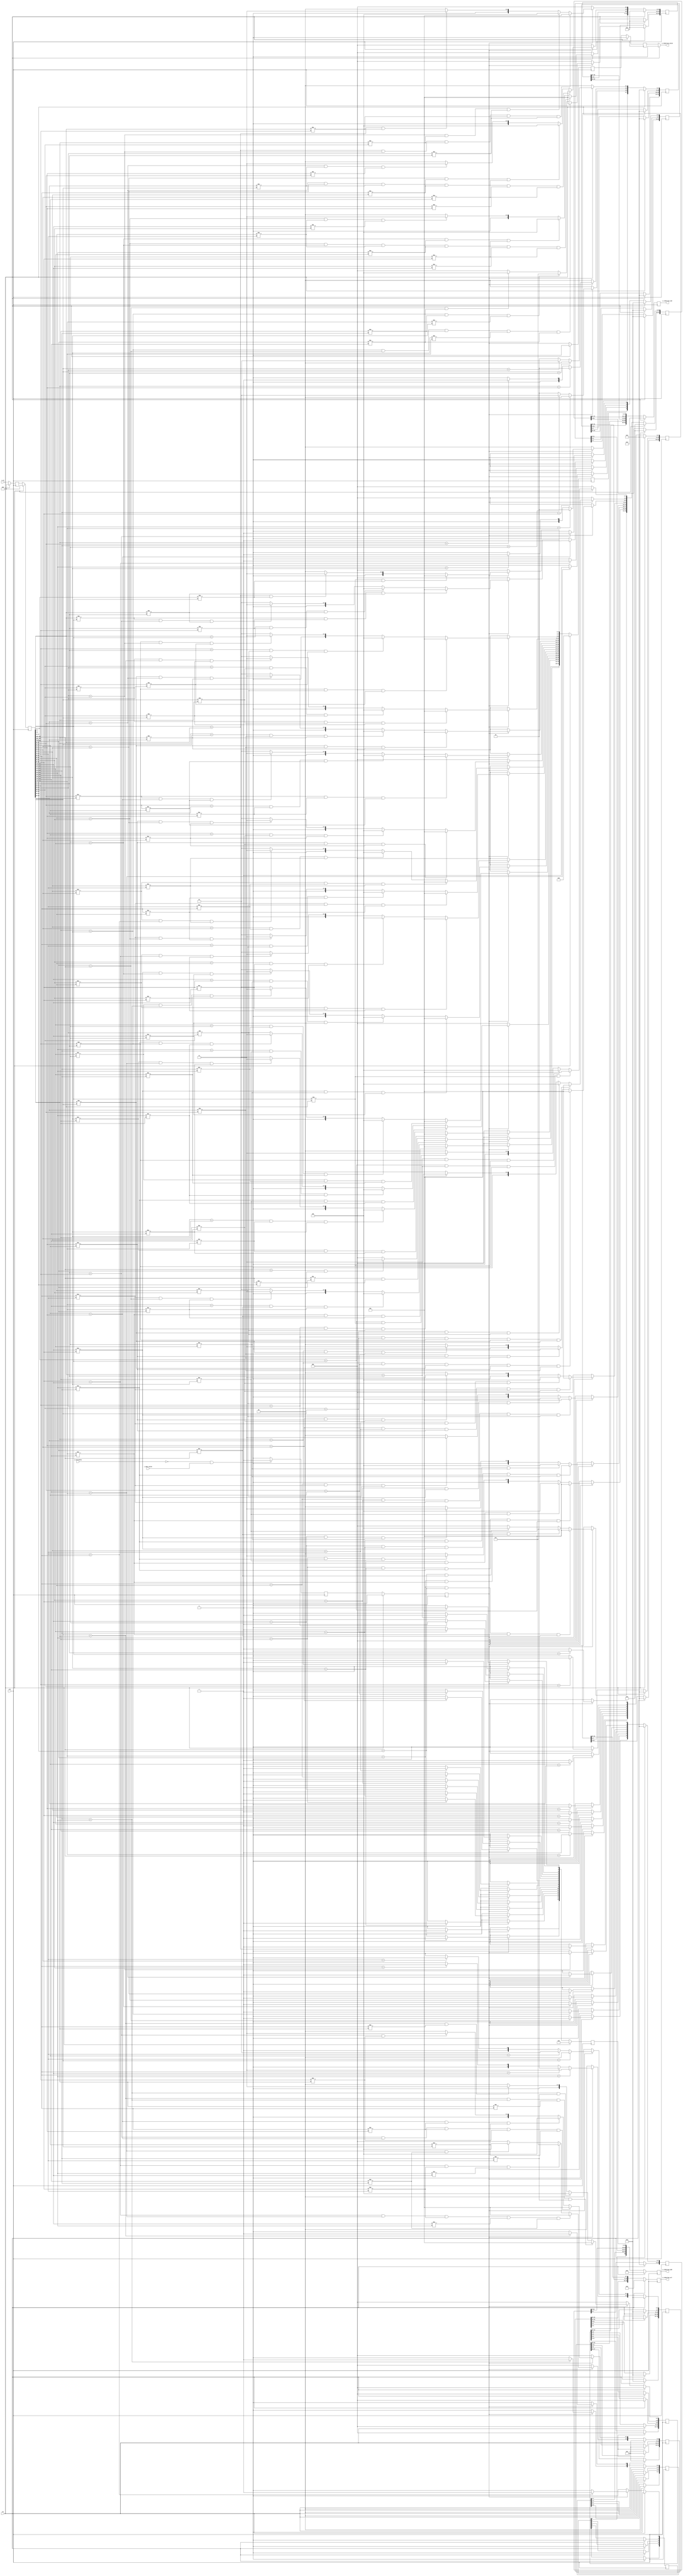
//##########################################################
// Generated Fowarding Adder Network Controller (FAN topology routing)
// Contact: ecqin@gatech.edu
//##########################################################


module fan_ctrl # (
	parameter DATA_TYPE =  32 ,
	parameter NUM_PES =  32 ,
	parameter LOG2_PES =  5 ) (
	clk,
	rst,
	i_vn,
	i_stationary,
	i_data_valid,
	o_reduction_add,
	o_reduction_cmd,
	o_reduction_sel,
	o_reduction_valid
);
	input clk;
	input rst;
	input [NUM_PES*LOG2_PES-1: 0] i_vn; // different partial sum bit seperator
	input i_stationary; // if input data is for stationary or streaming
	input i_data_valid; // if input data is valid or not
	output reg [(NUM_PES-1)-1:0] o_reduction_add; // determine to add or not
	output reg [3*(NUM_PES-1)-1:0] o_reduction_cmd; // reduction command (for VN commands)
	output reg [19 : 0] o_reduction_sel; // select bits for FAN topology
	output reg o_reduction_valid; // if reduction output from FAN is valid or not

	// reduction cmd and sel control bits (not flopped for timing yet)
	reg [(NUM_PES-1)-1:0] r_reduction_add;
	reg [3*(NUM_PES-1)-1:0] r_reduction_cmd;
	reg [19 : 0] r_reduction_sel;


	// diagonal flops for timing fix across different levels in tree (add_en signal)
	reg [15 : 0] r_add_lvl_0;
	reg [15 : 0] r_add_lvl_1;
	reg [11 : 0] r_add_lvl_2;
	reg [7 : 0] r_add_lvl_3;
	reg [4 : 0] r_add_lvl_4;


	// diagonal flops for timing fix across different levels in tree (cmd signal)
	reg [47 : 0] r_cmd_lvl_0;
	reg [47 : 0] r_cmd_lvl_1;
	reg [35 : 0] r_cmd_lvl_2;
	reg [23 : 0] r_cmd_lvl_3;
	reg [14 : 0] r_cmd_lvl_4;


	// diagonal flops for timing fix across different levels in tree (sel signal)
	reg [23 : 0] r_sel_lvl_2;
	reg [31 : 0] r_sel_lvl_3;
	reg [19 : 0] r_sel_lvl_4;


	// timing alignment for i_vn delay and for output valid
	reg [2*NUM_PES*LOG2_PES-1:0] r_vn;
	reg [NUM_PES*LOG2_PES-1:0] w_vn;
	reg [4 : 0 ] r_valid;


	genvar i, x;;
	// add flip flops to delay i_vn
	generate
		for (i=0; i < 2; i=i+1) begin : vn_ff
			if (i == 0) begin: pass
				always @ (posedge clk) begin
					if (rst == 1'b1) begin
						r_vn[(i+1)*NUM_PES*LOG2_PES-1:i*NUM_PES*LOG2_PES] <= 'd0;
					end else begin
						r_vn[(i+1)*NUM_PES*LOG2_PES-1:i*NUM_PES*LOG2_PES] <= i_vn;
					end
				end
			end else begin: flop
				always @ (posedge clk) begin
					if (rst == 1'b1) begin
						r_vn[(i+1)*NUM_PES*LOG2_PES-1:i*NUM_PES*LOG2_PES] <= 'd0;
					end else begin
						r_vn[(i+1)*NUM_PES*LOG2_PES-1:i*NUM_PES*LOG2_PES] <= r_vn[i*NUM_PES*LOG2_PES-1:(i-1)*NUM_PES*LOG2_PES];
					end
				end
			end
		end
	endgenerate

	// assign last flop to w_vn
	always @(*) begin
		w_vn = r_vn[2*NUM_PES*LOG2_PES-1:1*NUM_PES*LOG2_PES];
	end


	// generating control bits for lvl: 0
	// Note: lvl 0 and 1 do not require sel bits
	generate
		for (x=0; x < 16; x=x+1) begin: adders_lvl_0
			if (x == 0) begin: l_edge_case
				always @ (*) begin
					if (rst == 1'b1) begin
						r_reduction_add[0+x] = 'd0;
						r_reduction_cmd[3*0+3*x+:3] = 'd0;
					end else begin
						// generate cmd logic
						if (r_valid[1] == 1'b1) begin
							if (w_vn[(2*x+0)*LOG2_PES+:LOG2_PES] == w_vn[(2*x+1)*LOG2_PES+:LOG2_PES]) begin
								r_reduction_add[0+x] = 1'b1; // add enable
							end else begin
								r_reduction_add[0+x] = 1'b0;
							end


							if (w_vn[(2*x+1)*LOG2_PES+:LOG2_PES] != w_vn[(2*x+2)*LOG2_PES+:LOG2_PES] && w_vn[(2*x+0)*LOG2_PES+:LOG2_PES] != w_vn[(2*x+1)*LOG2_PES+:LOG2_PES]) begin
								r_reduction_cmd[3*0+3*x+:3] = 3'b101; // both vn done
							end else if (w_vn[(2*x+1)*LOG2_PES+:LOG2_PES] == w_vn[(2*x+2)*LOG2_PES+:LOG2_PES] && w_vn[(2*x+0)*LOG2_PES+:LOG2_PES] != w_vn[(2*x+1)*LOG2_PES+:LOG2_PES]) begin
								r_reduction_cmd[3*0+3*x+:3] = 3'b011; // left vn done
							end else begin
								r_reduction_cmd[3*0+3*x+:3] = 3'b000; // nothing
							end
						end else begin
							r_reduction_add[0+x] = 1'b0;
							r_reduction_cmd[3*0+3*x+:3] = 3'b000; // nothing
						end

					end
				end
			end else if (x == 15) begin: r_edge_case
				always @ (*) begin
					if (rst == 1'b1) begin
						r_reduction_add[0+x] = 'd0;
						r_reduction_cmd[3*0+3*x+:3] = 'd0;
					end else begin
						// generate cmd logic
						if (r_valid[1] == 1'b1) begin
							if (w_vn[(2*x+0)*LOG2_PES+:LOG2_PES] == w_vn[(2*x+1)*LOG2_PES+:LOG2_PES]) begin
								r_reduction_add[0+x] = 1'b1; // add enable
							end else begin
								r_reduction_add[0+x] = 1'b0;
							end


							if (w_vn[(2*x+0)*LOG2_PES+:LOG2_PES] != w_vn[(2*x+-1)*LOG2_PES+:LOG2_PES] && w_vn[(2*x+0)*LOG2_PES+:LOG2_PES] != w_vn[(2*x+1)*LOG2_PES+:LOG2_PES]) begin
								r_reduction_cmd[3*0+3*x+:3] = 3'b101; // both vn done
							end else if (w_vn[(2*x+0)*LOG2_PES+:LOG2_PES] == w_vn[(2*x+-1)*LOG2_PES+:LOG2_PES] && w_vn[(2*x+0)*LOG2_PES+:LOG2_PES] != w_vn[(2*x+1)*LOG2_PES+:LOG2_PES]) begin
								r_reduction_cmd[3*0+3*x+:3] = 3'b100; // right vn done
							end else begin
								r_reduction_cmd[3*0+3*x+:3] = 3'b000; // nothing
							end

						end else begin
							r_reduction_add[0+x] = 1'b0;
							r_reduction_cmd[3*0+3*x+:3] = 3'b000; // nothing
						end

					end
				end
			end else begin: normal
				always @ (*) begin
					if (rst == 1'b1) begin
						r_reduction_add[0+x] = 'd0;
						r_reduction_cmd[3*0+3*x+:3] = 'd0;
					end else begin
						// generate cmd logic
						if (r_valid[1] == 1'b1) begin
							if (w_vn[(2*x+0)*LOG2_PES+:LOG2_PES] == w_vn[(2*x+1)*LOG2_PES+:LOG2_PES]) begin
								r_reduction_add[0+x] = 1'b1; // add enable
							end else begin
								r_reduction_add[0+x] = 1'b0;
							end


							if ((w_vn[(2*x+0)*LOG2_PES+:LOG2_PES] != w_vn[(2*x+-1)*LOG2_PES+:LOG2_PES]) && (w_vn[(2*x+1)*LOG2_PES+:LOG2_PES] != w_vn[(2*x+2)*LOG2_PES+:LOG2_PES]) && w_vn[(2*x+0)*LOG2_PES+:LOG2_PES] != w_vn[(2*x+1)*LOG2_PES+:LOG2_PES]) begin
								r_reduction_cmd[3*0+3*x+:3] = 3'b101; // both vn done
							end else if ((w_vn[(2*x+0)*LOG2_PES+:LOG2_PES] == w_vn[(2*x+-1)*LOG2_PES+:LOG2_PES]) && (w_vn[(2*x+1)*LOG2_PES+:LOG2_PES] != w_vn[(2*x+2)*LOG2_PES+:LOG2_PES]) && w_vn[(2*x+0)*LOG2_PES+:LOG2_PES] != w_vn[(2*x+1)*LOG2_PES+:LOG2_PES]) begin
								r_reduction_cmd[3*0+3*x+:3] = 3'b100; // right vn done
							end else if ((w_vn[(2*x+0)*LOG2_PES+:LOG2_PES] != w_vn[(2*x+-1)*LOG2_PES+:LOG2_PES]) && (w_vn[(2*x+1)*LOG2_PES+:LOG2_PES] == w_vn[(2*x+2)*LOG2_PES+:LOG2_PES]) && w_vn[(2*x+0)*LOG2_PES+:LOG2_PES] != w_vn[(2*x+1)*LOG2_PES+:LOG2_PES]) begin
								r_reduction_cmd[3*0+3*x+:3] = 3'b011; // left vn done
							end else begin
								r_reduction_cmd[3*0+3*x+:3] = 3'b001; // bypass
							end

						end else begin
							r_reduction_add[0+x] = 1'b0;
					r_reduction_cmd[3*0+3*x+:3] = 3'b000; // nothing
						end

					end
				end
			end
		end
	endgenerate

	// generating control bits for lvl: 1
	// Note: lvl 0 and 1 do not require sel bits
	generate
		for (x=0; x < 8; x=x+1) begin: adders_lvl_1
			if (x == 0) begin: l_edge_case
				always @ (*) begin
					if (rst == 1'b1) begin
						r_reduction_add[16+x] = 'd0;
						r_reduction_cmd[3*16+3*x+:3] = 'd0;
					end else begin
						// generate cmd logic
						if (r_valid[1] == 1'b1) begin
							if (w_vn[(4*x+1)*LOG2_PES+:LOG2_PES] == w_vn[(4*x+2)*LOG2_PES+:LOG2_PES]) begin
								r_reduction_add[16+x] = 1'b1; // add enable
							end else begin
								r_reduction_add[16+x] = 1'b0;
							end


							if ((w_vn[(4*x+0)*LOG2_PES+:LOG2_PES] == w_vn[(4*x+1)*LOG2_PES+:LOG2_PES]) && (w_vn[(4*x+2)*LOG2_PES+:LOG2_PES] == w_vn[(4*x+3)*LOG2_PES+:LOG2_PES]) && (w_vn[(4*x+4)*LOG2_PES+:LOG2_PES] != w_vn[(4*x+3)*LOG2_PES+:LOG2_PES]) && w_vn[(4*x+1)*LOG2_PES+:LOG2_PES] != w_vn[(4*x+2)*LOG2_PES+:LOG2_PES]) begin
								r_reduction_cmd[3*16+3*x+:3] = 3'b101; // both vn done
							end else if ((w_vn[(4*x+2)*LOG2_PES+:LOG2_PES] == w_vn[(4*x+3)*LOG2_PES+:LOG2_PES]) && (w_vn[(4*x+4)*LOG2_PES+:LOG2_PES] != w_vn[(4*x+3)*LOG2_PES+:LOG2_PES]) && w_vn[(4*x+1)*LOG2_PES+:LOG2_PES] != w_vn[(4*x+2)*LOG2_PES+:LOG2_PES]) begin
								r_reduction_cmd[3*16+3*x+:3] = 3'b100; // right vn done
							end else if ((w_vn[(4*x+0)*LOG2_PES+:LOG2_PES] == w_vn[(4*x+1)*LOG2_PES+:LOG2_PES]) && w_vn[(4*x+1)*LOG2_PES+:LOG2_PES] != w_vn[(4*x+2)*LOG2_PES+:LOG2_PES]) begin
								r_reduction_cmd[3*16+3*x+:3] = 3'b011; // left vn done
							end else begin
								r_reduction_cmd[3*16+3*x+:3] = 3'b000; // nothing
							end
						end else begin
							r_reduction_add[16+x] = 1'b0;
							r_reduction_cmd[3*16+3*x+:3] = 3'b000; // nothing
						end

					end
				end
			end else if (x == 7) begin: r_edge_case
				always @ (*) begin
					if (rst == 1'b1) begin
						r_reduction_add[16+x] = 'd0;
						r_reduction_cmd[3*16+3*x+:3] = 'd0;
					end else begin
						// generate cmd logic
						if (r_valid[1] == 1'b1) begin
							if (w_vn[(4*x+1)*LOG2_PES+:LOG2_PES] == w_vn[(4*x+2)*LOG2_PES+:LOG2_PES]) begin
								r_reduction_add[16+x] = 1'b1; // add enable
							end else begin
								r_reduction_add[16+x] = 1'b0;
							end


							if ((w_vn[(4*x+0)*LOG2_PES+:LOG2_PES] == w_vn[(4*x+1)*LOG2_PES+:LOG2_PES]) && (w_vn[(4*x+2)*LOG2_PES+:LOG2_PES] == w_vn[(4*x+3)*LOG2_PES+:LOG2_PES]) && (w_vn[(4*x+0)*LOG2_PES+:LOG2_PES] != w_vn[(4*x+-1)*LOG2_PES+:LOG2_PES]) && w_vn[(4*x+1)*LOG2_PES+:LOG2_PES] != w_vn[(4*x+2)*LOG2_PES+:LOG2_PES]) begin
								r_reduction_cmd[3*16+3*x+:3] = 3'b101; // both vn done
							end else if ((w_vn[(4*x+0)*LOG2_PES+:LOG2_PES] == w_vn[(4*x+1)*LOG2_PES+:LOG2_PES]) && (w_vn[(4*x+0)*LOG2_PES+:LOG2_PES] != w_vn[(4*x+-1)*LOG2_PES+:LOG2_PES]) && w_vn[(4*x+1)*LOG2_PES+:LOG2_PES] != w_vn[(4*x+2)*LOG2_PES+:LOG2_PES]) begin
								r_reduction_cmd[3*16+3*x+:3] = 3'b011; // left vn done
							end else if ((w_vn[(4*x+2)*LOG2_PES+:LOG2_PES] == w_vn[(4*x+3)*LOG2_PES+:LOG2_PES]) && w_vn[(4*x+1)*LOG2_PES+:LOG2_PES] != w_vn[(4*x+2)*LOG2_PES+:LOG2_PES]) begin
								r_reduction_cmd[3*16+3*x+:3] = 3'b100; // right vn done
							end else begin
								r_reduction_cmd[3*16+3*x+:3] = 3'b000; // nothing
							end

						end else begin
							r_reduction_add[16+x] = 1'b0;
							r_reduction_cmd[3*16+3*x+:3] = 3'b000; // nothing
						end

					end
				end
			end else begin: normal
				always @ (*) begin
					if (rst == 1'b1) begin
						r_reduction_add[16+x] = 'd0;
						r_reduction_cmd[3*16+3*x+:3] = 'd0;
					end else begin
						// generate cmd logic
						if (r_valid[1] == 1'b1) begin
							if (w_vn[(4*x+1)*LOG2_PES+:LOG2_PES] == w_vn[(4*x+2)*LOG2_PES+:LOG2_PES]) begin
								r_reduction_add[16+x] = 1'b1; // add enable
							end else begin
								r_reduction_add[16+x] = 1'b0;
							end


							if ((w_vn[(4*x+0)*LOG2_PES+:LOG2_PES] == w_vn[(4*x+1)*LOG2_PES+:LOG2_PES]) && (w_vn[(4*x+2)*LOG2_PES+:LOG2_PES] == w_vn[(4*x+3)*LOG2_PES+:LOG2_PES]) && (w_vn[(4*x+0)*LOG2_PES+:LOG2_PES] != w_vn[(4*x+-1)*LOG2_PES+:LOG2_PES]) && (w_vn[(4*x+4)*LOG2_PES+:LOG2_PES] != w_vn[(4*x+3)*LOG2_PES+:LOG2_PES]) && w_vn[(4*x+1)*LOG2_PES+:LOG2_PES] != w_vn[(4*x+2)*LOG2_PES+:LOG2_PES]) begin
								r_reduction_cmd[3*16+3*x+:3] = 3'b101; // both vn done
							end else if ((w_vn[(4*x+2)*LOG2_PES+:LOG2_PES] == w_vn[(4*x+3)*LOG2_PES+:LOG2_PES]) && (w_vn[(4*x+4)*LOG2_PES+:LOG2_PES] != w_vn[(4*x+3)*LOG2_PES+:LOG2_PES]) && w_vn[(4*x+1)*LOG2_PES+:LOG2_PES] != w_vn[(4*x+2)*LOG2_PES+:LOG2_PES]) begin
								r_reduction_cmd[3*16+3*x+:3] = 3'b100; // right vn done
							end else if ((w_vn[(4*x+0)*LOG2_PES+:LOG2_PES] == w_vn[(4*x+1)*LOG2_PES+:LOG2_PES]) && (w_vn[(4*x+0)*LOG2_PES+:LOG2_PES] != w_vn[(4*x+-1)*LOG2_PES+:LOG2_PES]) && w_vn[(4*x+1)*LOG2_PES+:LOG2_PES] != w_vn[(4*x+2)*LOG2_PES+:LOG2_PES]) begin
								r_reduction_cmd[3*16+3*x+:3] = 3'b011; // left vn done
							end else begin
								r_reduction_cmd[3*16+3*x+:3] = 3'b000; // nothing
							end

						end else begin
							r_reduction_add[16+x] = 1'b0;
					r_reduction_cmd[3*16+3*x+:3] = 3'b000; // nothing
						end

					end
				end
			end
		end
	endgenerate

	// generating control bits for lvl: 2
	// Note: lvl 0 and 1 do not require sel bits
	generate
		for (x=0; x < 4; x=x+1) begin: adders_lvl_2
			if (x == 0) begin: l_edge_case
				always @ (*) begin
					if (rst == 1'b1) begin
						r_reduction_add[24+x] = 'd0;
						r_reduction_cmd[3*24+3*x+:3] = 'd0;
						r_reduction_sel[(x*2)+0+:2] = 'd0;
					end else begin
						// generate cmd logic
						if (r_valid[1] == 1'b1) begin
							if (w_vn[(8*x+3)*LOG2_PES+:LOG2_PES] == w_vn[(8*x+4)*LOG2_PES+:LOG2_PES]) begin
								r_reduction_add[24+x] = 1'b1; // add enable
							end else begin
								r_reduction_add[24+x] = 1'b0;
							end


							if ((w_vn[(8*x+1)*LOG2_PES+:LOG2_PES] == w_vn[(8*x+2)*LOG2_PES+:LOG2_PES]) && (w_vn[(8*x+5)*LOG2_PES+:LOG2_PES] == w_vn[(8*x+6)*LOG2_PES+:LOG2_PES]) && (w_vn[(8*x+8)*LOG2_PES+:LOG2_PES] != w_vn[(8*x+6)*LOG2_PES+:LOG2_PES]) && (w_vn[(8*x+2)*LOG2_PES+:LOG2_PES] != w_vn[(8*x+4)*LOG2_PES+:LOG2_PES]) && (w_vn[(8*x+5)*LOG2_PES+:LOG2_PES] != w_vn[(8*x+3)*LOG2_PES+:LOG2_PES])) begin
								r_reduction_cmd[3*24+3*x+:3] = 3'b101; // both vn done
							end else if ((w_vn[(8*x+5)*LOG2_PES+:LOG2_PES] == w_vn[(8*x+6)*LOG2_PES+:LOG2_PES]) && (w_vn[(8*x+8)*LOG2_PES+:LOG2_PES] != w_vn[(8*x+6)*LOG2_PES+:LOG2_PES])  && (w_vn[(8*x+5)*LOG2_PES+:LOG2_PES] != w_vn[(8*x+3)*LOG2_PES+:LOG2_PES])) begin
								r_reduction_cmd[3*24+3*x+:3] = 3'b100; // right vn done
							end else if ((w_vn[(8*x+1)*LOG2_PES+:LOG2_PES] == w_vn[(8*x+2)*LOG2_PES+:LOG2_PES]) && (w_vn[(8*x+2)*LOG2_PES+:LOG2_PES] != w_vn[(8*x+4)*LOG2_PES+:LOG2_PES])) begin
								r_reduction_cmd[3*24+3*x+:3] = 3'b011; // left vn done
							end else begin
								r_reduction_cmd[3*24+3*x+:3] = 3'b000; // nothing
							end
						end else begin
							r_reduction_add[24+x] = 1'b0;
							r_reduction_cmd[3*24+3*x+:3] = 3'b000; // nothing
						end

						// generate left select logic
						if (r_valid[1] == 1'b1) begin
							if (w_vn[(8*x+3)*LOG2_PES+:LOG2_PES] == w_vn[(8*x+1)*LOG2_PES+:LOG2_PES]) begin
								r_reduction_sel[(x*2)+0+:1] = 'd0;
							end else begin
								r_reduction_sel[(x*2)+0+:1] = 'd1;
							end
						end else begin
							r_reduction_sel[(x*2)+0+:2] = 'd0;
						end


						// generate right select logic
						if (r_valid[1] == 1'b1) begin
							if (w_vn[(8*x+4)*LOG2_PES+:LOG2_PES] == w_vn[(8*x+6)*LOG2_PES+:LOG2_PES]) begin
								r_reduction_sel[(x*2)+1+:1] = 'd1;
							end else begin
								r_reduction_sel[(x*2)+1+:1] = 'd0;
							end
						end else begin
							r_reduction_sel[(x*2)+0+:2] = 'd0;
						end

					end
				end
			end else if (x == 3) begin: r_edge_case
				always @ (*) begin
					if (rst == 1'b1) begin
						r_reduction_add[24+x] = 'd0;
						r_reduction_cmd[3*24+3*x+:3] = 'd0;
						r_reduction_sel[(x*2)+0+:2] = 'd0;
					end else begin
						// generate cmd logic
						if (r_valid[1] == 1'b1) begin
							if (w_vn[(8*x+3)*LOG2_PES+:LOG2_PES] == w_vn[(8*x+4)*LOG2_PES+:LOG2_PES]) begin
								r_reduction_add[24+x] = 1'b1; // add enable
							end else begin
								r_reduction_add[24+x] = 1'b0;
							end


							if ((w_vn[(8*x+1)*LOG2_PES+:LOG2_PES] == w_vn[(8*x+2)*LOG2_PES+:LOG2_PES]) && (w_vn[(8*x+5)*LOG2_PES+:LOG2_PES] == w_vn[(8*x+6)*LOG2_PES+:LOG2_PES]) && (w_vn[(8*x+1)*LOG2_PES+:LOG2_PES] != w_vn[(8*x+-1)*LOG2_PES+:LOG2_PES]) && (w_vn[(8*x+2)*LOG2_PES+:LOG2_PES] != w_vn[(8*x+4)*LOG2_PES+:LOG2_PES]) && (w_vn[(8*x+5)*LOG2_PES+:LOG2_PES] != w_vn[(8*x+3)*LOG2_PES+:LOG2_PES])) begin
								r_reduction_cmd[3*24+3*x+:3] = 3'b101; // both vn done
							end else if ((w_vn[(8*x+1)*LOG2_PES+:LOG2_PES] == w_vn[(8*x+2)*LOG2_PES+:LOG2_PES]) && (w_vn[(8*x+1)*LOG2_PES+:LOG2_PES] != w_vn[(8*x+-1)*LOG2_PES+:LOG2_PES]) && (w_vn[(8*x+4)*LOG2_PES+:LOG2_PES] != w_vn[(8*x+2)*LOG2_PES+:LOG2_PES])) begin
								r_reduction_cmd[3*24+3*x+:3] = 3'b011; // left vn done
							end else if ((w_vn[(8*x+5)*LOG2_PES+:LOG2_PES] == w_vn[(8*x+6)*LOG2_PES+:LOG2_PES]) && (w_vn[(8*x+5)*LOG2_PES+:LOG2_PES] != w_vn[(8*x+3)*LOG2_PES+:LOG2_PES])) begin
								r_reduction_cmd[3*24+3*x+:3] = 3'b100; // right vn done
							end else begin
								r_reduction_cmd[3*24+3*x+:3] = 3'b000; // nothing
							end

						end else begin
							r_reduction_add[24+x] = 1'b0;
							r_reduction_cmd[3*24+3*x+:3] = 3'b000; // nothing
						end

						// generate left select logic
						if (r_valid[1] == 1'b1) begin
							if (w_vn[(8*x+3)*LOG2_PES+:LOG2_PES] == w_vn[(8*x+1)*LOG2_PES+:LOG2_PES]) begin
								r_reduction_sel[(x*2)+0+:1] = 'd0;
							end else begin
								r_reduction_sel[(x*2)+0+:1] = 'd1;
							end
						end else begin
							r_reduction_sel[(x*2)+0+:2] = 'd0;
						end


						// generate right select logic
						if (r_valid[1] == 1'b1) begin
							if (w_vn[(8*x+4)*LOG2_PES+:LOG2_PES] == w_vn[(8*x+6)*LOG2_PES+:LOG2_PES]) begin
								r_reduction_sel[(x*2)+1+:1] = 'd1;
							end else begin
								r_reduction_sel[(x*2)+1+:1] = 'd0;
							end
						end else begin
							r_reduction_sel[(x*2)+0+:2] = 'd0;
						end

					end
				end
			end else begin: normal
				always @ (*) begin
					if (rst == 1'b1) begin
						r_reduction_add[24+x] = 'd0;
						r_reduction_cmd[3*24+3*x+:3] = 'd0;
						r_reduction_sel[(x*2)+0+:2] = 'd0;
					end else begin
						// generate cmd logic
						if (r_valid[1] == 1'b1) begin
							if (w_vn[(8*x+3)*LOG2_PES+:LOG2_PES] == w_vn[(8*x+4)*LOG2_PES+:LOG2_PES]) begin
								r_reduction_add[24+x] = 1'b1; // add enable
							end else begin
								r_reduction_add[24+x] = 1'b0;
							end


							if ((w_vn[(8*x+1)*LOG2_PES+:LOG2_PES] == w_vn[(8*x+2)*LOG2_PES+:LOG2_PES]) && (w_vn[(8*x+5)*LOG2_PES+:LOG2_PES] == w_vn[(8*x+6)*LOG2_PES+:LOG2_PES]) && (w_vn[(8*x+1)*LOG2_PES+:LOG2_PES] != w_vn[(8*x+-1)*LOG2_PES+:LOG2_PES]) && (w_vn[(8*x+8)*LOG2_PES+:LOG2_PES] != w_vn[(8*x+6)*LOG2_PES+:LOG2_PES])  && (w_vn[(8*x+2)*LOG2_PES+:LOG2_PES] != w_vn[(8*x+4)*LOG2_PES+:LOG2_PES]) && (w_vn[(8*x+5)*LOG2_PES+:LOG2_PES] != w_vn[(8*x+3)*LOG2_PES+:LOG2_PES])) begin
								r_reduction_cmd[3*24+3*x+:3] = 3'b101; // both vn done
							end else if ((w_vn[(8*x+5)*LOG2_PES+:LOG2_PES] == w_vn[(8*x+6)*LOG2_PES+:LOG2_PES]) && (w_vn[(8*x+8)*LOG2_PES+:LOG2_PES] != w_vn[(8*x+6)*LOG2_PES+:LOG2_PES])  && (w_vn[(8*x+5)*LOG2_PES+:LOG2_PES] != w_vn[(8*x+3)*LOG2_PES+:LOG2_PES])) begin
								r_reduction_cmd[3*24+3*x+:3] = 3'b100; // right vn done
							end else if ((w_vn[(8*x+1)*LOG2_PES+:LOG2_PES] == w_vn[(8*x+2)*LOG2_PES+:LOG2_PES]) && (w_vn[(8*x+1)*LOG2_PES+:LOG2_PES] != w_vn[(8*x+-1)*LOG2_PES+:LOG2_PES]) && (w_vn[(8*x+4)*LOG2_PES+:LOG2_PES] != w_vn[(8*x+2)*LOG2_PES+:LOG2_PES])) begin
								r_reduction_cmd[3*24+3*x+:3] = 3'b011; // left vn done
							end else begin
								r_reduction_cmd[3*24+3*x+:3] = 3'b000; // nothing
							end

						end else begin
							r_reduction_add[24+x] = 1'b0;
					r_reduction_cmd[3*24+3*x+:3] = 3'b000; // nothing
						end

						// generate left select logic
						if (r_valid[1] == 1'b1) begin
							if (w_vn[(8*x+3)*LOG2_PES+:LOG2_PES] == w_vn[(8*x+1)*LOG2_PES+:LOG2_PES]) begin
								r_reduction_sel[(x*2)+0+:1] = 'd0;
							end else begin
								r_reduction_sel[(x*2)+0+:1] = 'd1;
							end
						end else begin
							r_reduction_sel[(x*2)+0+:2] = 'd0;
						end


						// generate right select logic
						if (r_valid[1] == 1'b1) begin
							if (w_vn[(8*x+4)*LOG2_PES+:LOG2_PES] == w_vn[(8*x+6)*LOG2_PES+:LOG2_PES]) begin
								r_reduction_sel[(x*2)+1+:1] = 'd1;
							end else begin
								r_reduction_sel[(x*2)+1+:1] = 'd0;
							end
						end else begin
							r_reduction_sel[(x*2)+0+:2] = 'd0;
						end

					end
				end
			end
		end
	endgenerate

	// generating control bits for lvl: 3
	// Note: lvl 0 and 1 do not require sel bits
	generate
		for (x=0; x < 2; x=x+1) begin: adders_lvl_3
			if (x == 0) begin: l_edge_case
				always @ (*) begin
					if (rst == 1'b1) begin
						r_reduction_add[28+x] = 'd0;
						r_reduction_cmd[3*28+3*x+:3] = 'd0;
						r_reduction_sel[(x*4)+8+:4] = 'd0;
					end else begin
						// generate cmd logic
						if (r_valid[1] == 1'b1) begin
							if (w_vn[(16*x+7)*LOG2_PES+:LOG2_PES] == w_vn[(16*x+8)*LOG2_PES+:LOG2_PES]) begin
								r_reduction_add[28+x] = 1'b1; // add enable
							end else begin
								r_reduction_add[28+x] = 1'b0;
							end


							if ((w_vn[(16*x+3)*LOG2_PES+:LOG2_PES] == w_vn[(16*x+4)*LOG2_PES+:LOG2_PES]) && (w_vn[(16*x+11)*LOG2_PES+:LOG2_PES] == w_vn[(16*x+12)*LOG2_PES+:LOG2_PES]) && (w_vn[(16*x+16)*LOG2_PES+:LOG2_PES] != w_vn[(16*x+12)*LOG2_PES+:LOG2_PES]) && (w_vn[(16*x+4)*LOG2_PES+:LOG2_PES] != w_vn[(16*x+8)*LOG2_PES+:LOG2_PES]) && (w_vn[(16*x+11)*LOG2_PES+:LOG2_PES] != w_vn[(16*x+7)*LOG2_PES+:LOG2_PES])) begin
								r_reduction_cmd[3*28+3*x+:3] = 3'b101; // both vn done
							end else if ((w_vn[(16*x+11)*LOG2_PES+:LOG2_PES] == w_vn[(16*x+12)*LOG2_PES+:LOG2_PES]) && (w_vn[(16*x+16)*LOG2_PES+:LOG2_PES] != w_vn[(16*x+12)*LOG2_PES+:LOG2_PES])  && (w_vn[(16*x+11)*LOG2_PES+:LOG2_PES] != w_vn[(16*x+7)*LOG2_PES+:LOG2_PES])) begin
								r_reduction_cmd[3*28+3*x+:3] = 3'b100; // right vn done
							end else if ((w_vn[(16*x+3)*LOG2_PES+:LOG2_PES] == w_vn[(16*x+4)*LOG2_PES+:LOG2_PES]) && (w_vn[(16*x+4)*LOG2_PES+:LOG2_PES] != w_vn[(16*x+8)*LOG2_PES+:LOG2_PES])) begin
								r_reduction_cmd[3*28+3*x+:3] = 3'b011; // left vn done
							end else begin
								r_reduction_cmd[3*28+3*x+:3] = 3'b000; // nothing
							end
						end else begin
							r_reduction_add[28+x] = 1'b0;
							r_reduction_cmd[3*28+3*x+:3] = 3'b000; // nothing
						end

						// generate left select logic
						if (r_valid[1] == 1'b1) begin
							if (w_vn[(16*x+7)*LOG2_PES+:LOG2_PES] == w_vn[(16*x+3)*LOG2_PES+:LOG2_PES]) begin
								r_reduction_sel[(x*4)+8+:2] = 'd0;
							end else if (w_vn[(16*x+7)*LOG2_PES+:LOG2_PES] == w_vn[(16*x+5)*LOG2_PES+:LOG2_PES]) begin
								r_reduction_sel[(x*4)+8+:2] = 'd1;
							end else begin
								r_reduction_sel[(x*4)+8+:2] = 'd2;
							end
						end else begin
							r_reduction_sel[(x*4)+8+:4] = 'd0;
						end


						// generate right select logic
						if (r_valid[1] == 1'b1) begin
							if (w_vn[(16*x+8)*LOG2_PES+:LOG2_PES] == w_vn[(16*x+12)*LOG2_PES+:LOG2_PES]) begin
								r_reduction_sel[(x*4)+10+:2] = 'd2;
							end else if (w_vn[(16*x+8)*LOG2_PES+:LOG2_PES] == w_vn[(16*x+10)*LOG2_PES+:LOG2_PES]) begin
								r_reduction_sel[(x*4)+10+:2] = 'd1;
							end else begin
								r_reduction_sel[(x*4)+10+:2] = 'd0;
							end
						end else begin
							r_reduction_sel[(x*4)+8+:4] = 'd0;
						end

					end
				end
			end else if (x == 1) begin: r_edge_case
				always @ (*) begin
					if (rst == 1'b1) begin
						r_reduction_add[28+x] = 'd0;
						r_reduction_cmd[3*28+3*x+:3] = 'd0;
						r_reduction_sel[(x*4)+8+:4] = 'd0;
					end else begin
						// generate cmd logic
						if (r_valid[1] == 1'b1) begin
							if (w_vn[(16*x+7)*LOG2_PES+:LOG2_PES] == w_vn[(16*x+8)*LOG2_PES+:LOG2_PES]) begin
								r_reduction_add[28+x] = 1'b1; // add enable
							end else begin
								r_reduction_add[28+x] = 1'b0;
							end


							if ((w_vn[(16*x+3)*LOG2_PES+:LOG2_PES] == w_vn[(16*x+4)*LOG2_PES+:LOG2_PES]) && (w_vn[(16*x+11)*LOG2_PES+:LOG2_PES] == w_vn[(16*x+12)*LOG2_PES+:LOG2_PES]) && (w_vn[(16*x+3)*LOG2_PES+:LOG2_PES] != w_vn[(16*x+-1)*LOG2_PES+:LOG2_PES]) && (w_vn[(16*x+4)*LOG2_PES+:LOG2_PES] != w_vn[(16*x+8)*LOG2_PES+:LOG2_PES]) && (w_vn[(16*x+11)*LOG2_PES+:LOG2_PES] != w_vn[(16*x+7)*LOG2_PES+:LOG2_PES])) begin
								r_reduction_cmd[3*28+3*x+:3] = 3'b101; // both vn done
							end else if ((w_vn[(16*x+3)*LOG2_PES+:LOG2_PES] == w_vn[(16*x+4)*LOG2_PES+:LOG2_PES]) && (w_vn[(16*x+3)*LOG2_PES+:LOG2_PES] != w_vn[(16*x+-1)*LOG2_PES+:LOG2_PES]) && (w_vn[(16*x+8)*LOG2_PES+:LOG2_PES] != w_vn[(16*x+4)*LOG2_PES+:LOG2_PES])) begin
								r_reduction_cmd[3*28+3*x+:3] = 3'b011; // left vn done
							end else if ((w_vn[(16*x+11)*LOG2_PES+:LOG2_PES] == w_vn[(16*x+12)*LOG2_PES+:LOG2_PES]) && (w_vn[(16*x+11)*LOG2_PES+:LOG2_PES] != w_vn[(16*x+7)*LOG2_PES+:LOG2_PES])) begin
								r_reduction_cmd[3*28+3*x+:3] = 3'b100; // right vn done
							end else begin
								r_reduction_cmd[3*28+3*x+:3] = 3'b000; // nothing
							end

						end else begin
							r_reduction_add[28+x] = 1'b0;
							r_reduction_cmd[3*28+3*x+:3] = 3'b000; // nothing
						end

						// generate left select logic
						if (r_valid[1] == 1'b1) begin
							if (w_vn[(16*x+7)*LOG2_PES+:LOG2_PES] == w_vn[(16*x+3)*LOG2_PES+:LOG2_PES]) begin
								r_reduction_sel[(x*4)+8+:2] = 'd0;
							end else if (w_vn[(16*x+7)*LOG2_PES+:LOG2_PES] == w_vn[(16*x+5)*LOG2_PES+:LOG2_PES]) begin
								r_reduction_sel[(x*4)+8+:2] = 'd1;
							end else begin
								r_reduction_sel[(x*4)+8+:2] = 'd2;
							end
						end else begin
							r_reduction_sel[(x*4)+8+:4] = 'd0;
						end


						// generate right select logic
						if (r_valid[1] == 1'b1) begin
							if (w_vn[(16*x+8)*LOG2_PES+:LOG2_PES] == w_vn[(16*x+12)*LOG2_PES+:LOG2_PES]) begin
								r_reduction_sel[(x*4)+10+:2] = 'd2;
							end else if (w_vn[(16*x+8)*LOG2_PES+:LOG2_PES] == w_vn[(16*x+10)*LOG2_PES+:LOG2_PES]) begin
								r_reduction_sel[(x*4)+10+:2] = 'd1;
							end else begin
								r_reduction_sel[(x*4)+10+:2] = 'd0;
							end
						end else begin
							r_reduction_sel[(x*4)+8+:4] = 'd0;
						end

					end
				end
			end else begin: normal
				always @ (*) begin
					if (rst == 1'b1) begin
						r_reduction_add[28+x] = 'd0;
						r_reduction_cmd[3*28+3*x+:3] = 'd0;
						r_reduction_sel[(x*4)+8+:4] = 'd0;
					end else begin
						// generate cmd logic
						if (r_valid[1] == 1'b1) begin
							if (w_vn[(16*x+7)*LOG2_PES+:LOG2_PES] == w_vn[(16*x+8)*LOG2_PES+:LOG2_PES]) begin
								r_reduction_add[28+x] = 1'b1; // add enable
							end else begin
								r_reduction_add[28+x] = 1'b0;
							end


							if ((w_vn[(16*x+3)*LOG2_PES+:LOG2_PES] == w_vn[(16*x+4)*LOG2_PES+:LOG2_PES]) && (w_vn[(16*x+11)*LOG2_PES+:LOG2_PES] == w_vn[(16*x+12)*LOG2_PES+:LOG2_PES]) && (w_vn[(16*x+3)*LOG2_PES+:LOG2_PES] != w_vn[(16*x+-1)*LOG2_PES+:LOG2_PES]) && (w_vn[(16*x+16)*LOG2_PES+:LOG2_PES] != w_vn[(16*x+12)*LOG2_PES+:LOG2_PES])  && (w_vn[(16*x+4)*LOG2_PES+:LOG2_PES] != w_vn[(16*x+8)*LOG2_PES+:LOG2_PES]) && (w_vn[(16*x+11)*LOG2_PES+:LOG2_PES] != w_vn[(16*x+7)*LOG2_PES+:LOG2_PES])) begin
								r_reduction_cmd[3*28+3*x+:3] = 3'b101; // both vn done
							end else if ((w_vn[(16*x+11)*LOG2_PES+:LOG2_PES] == w_vn[(16*x+12)*LOG2_PES+:LOG2_PES]) && (w_vn[(16*x+16)*LOG2_PES+:LOG2_PES] != w_vn[(16*x+12)*LOG2_PES+:LOG2_PES])  && (w_vn[(16*x+11)*LOG2_PES+:LOG2_PES] != w_vn[(16*x+7)*LOG2_PES+:LOG2_PES])) begin
								r_reduction_cmd[3*28+3*x+:3] = 3'b100; // right vn done
							end else if ((w_vn[(16*x+3)*LOG2_PES+:LOG2_PES] == w_vn[(16*x+4)*LOG2_PES+:LOG2_PES]) && (w_vn[(16*x+3)*LOG2_PES+:LOG2_PES] != w_vn[(16*x+-1)*LOG2_PES+:LOG2_PES]) && (w_vn[(16*x+8)*LOG2_PES+:LOG2_PES] != w_vn[(16*x+4)*LOG2_PES+:LOG2_PES])) begin
								r_reduction_cmd[3*28+3*x+:3] = 3'b011; // left vn done
							end else begin
								r_reduction_cmd[3*28+3*x+:3] = 3'b000; // nothing
							end

						end else begin
							r_reduction_add[28+x] = 1'b0;
					r_reduction_cmd[3*28+3*x+:3] = 3'b000; // nothing
						end

						// generate left select logic
						if (r_valid[1] == 1'b1) begin
							if (w_vn[(16*x+7)*LOG2_PES+:LOG2_PES] == w_vn[(16*x+3)*LOG2_PES+:LOG2_PES]) begin
								r_reduction_sel[(x*4)+8+:2] = 'd0;
							end else if (w_vn[(16*x+7)*LOG2_PES+:LOG2_PES] == w_vn[(16*x+5)*LOG2_PES+:LOG2_PES]) begin
								r_reduction_sel[(x*4)+8+:2] = 'd1;
							end else begin
								r_reduction_sel[(x*4)+8+:2] = 'd2;
							end
						end else begin
							r_reduction_sel[(x*4)+8+:4] = 'd0;
						end


						// generate right select logic
						if (r_valid[1] == 1'b1) begin
							if (w_vn[(16*x+8)*LOG2_PES+:LOG2_PES] == w_vn[(16*x+12)*LOG2_PES+:LOG2_PES]) begin
								r_reduction_sel[(x*4)+10+:2] = 'd2;
							end else if (w_vn[(16*x+8)*LOG2_PES+:LOG2_PES] == w_vn[(16*x+10)*LOG2_PES+:LOG2_PES]) begin
								r_reduction_sel[(x*4)+10+:2] = 'd1;
							end else begin
								r_reduction_sel[(x*4)+10+:2] = 'd0;
							end
						end else begin
							r_reduction_sel[(x*4)+8+:4] = 'd0;
						end

					end
				end
			end
		end
	endgenerate

	// generating control bits for lvl: 4
	generate
		for (x=0; x < 1; x=x+1) begin: adders_lvl_4
			if (x == 0) begin: middle_case
				always @ (*) begin
					if (rst == 1'b1) begin
						r_reduction_add[30+x] = 'd0;
						r_reduction_cmd[3*30+3*x+:3] = 'd0;
						r_reduction_sel[(x*4)+16+:4] = 'd0;
					end else begin
						// generate cmd logic
						if (r_valid[1] == 1'b1) begin
							if (w_vn[(32*x+15)*LOG2_PES+:LOG2_PES] == w_vn[(32*x+16)*LOG2_PES+:LOG2_PES]) begin
								r_reduction_add[30+x] = 1'b1; // add enable
							end else begin
								r_reduction_add[30+x] = 1'b0;
							end


							if ((w_vn[(32*x+7)*LOG2_PES+:LOG2_PES] == w_vn[(32*x+8)*LOG2_PES+:LOG2_PES]) && (w_vn[(32*x+23)*LOG2_PES+:LOG2_PES] == w_vn[(32*x+24)*LOG2_PES+:LOG2_PES]) && (w_vn[(32*x+8)*LOG2_PES+:LOG2_PES] != w_vn[(32*x+16)*LOG2_PES+:LOG2_PES]) && (w_vn[(32*x+23)*LOG2_PES+:LOG2_PES] != w_vn[(32*x+15)*LOG2_PES+:LOG2_PES])) begin
								r_reduction_cmd[3*30+3*x+:3] = 3'b101; // both vn done
							end else if ((w_vn[(32*x+23)*LOG2_PES+:LOG2_PES] == w_vn[(32*x+24)*LOG2_PES+:LOG2_PES]) && (w_vn[(32*x+23)*LOG2_PES+:LOG2_PES] != w_vn[(32*x+15)*LOG2_PES+:LOG2_PES])) begin
								r_reduction_cmd[3*30+3*x+:3] = 3'b100; // right vn done
							end else if ((w_vn[(32*x+7)*LOG2_PES+:LOG2_PES] == w_vn[(32*x+8)*LOG2_PES+:LOG2_PES]) && (w_vn[(32*x+16)*LOG2_PES+:LOG2_PES] != w_vn[(32*x+8)*LOG2_PES+:LOG2_PES])) begin
								r_reduction_cmd[3*30+3*x+:3] = 3'b011; // left vn done
							end else begin
								r_reduction_cmd[3*30+3*x+:3] = 3'b000; // nothing
							end

						end else begin
							r_reduction_add[30+x] = 1'b0;
							r_reduction_cmd[3*30+3*x+:3] = 3'b000; // nothing
						end

						// generate left select logic
						if (r_valid[1] == 1'b1) begin
							if (w_vn[(32*x+15)*LOG2_PES+:LOG2_PES] == w_vn[(32*x+7)*LOG2_PES+:LOG2_PES]) begin
								r_reduction_sel[(x*4)+16+:2] = 'd0;
							end else if (w_vn[(32*x+15)*LOG2_PES+:LOG2_PES] == w_vn[(32*x+11)*LOG2_PES+:LOG2_PES]) begin
								r_reduction_sel[(x*4)+16+:2] = 'd1;
							end else if (w_vn[(32*x+15)*LOG2_PES+:LOG2_PES] == w_vn[(32*x+13)*LOG2_PES+:LOG2_PES]) begin
								r_reduction_sel[(x*4)+16+:2] = 'd2;
							end else begin
								r_reduction_sel[(x*4)+16+:2] = 'd3;
							end
						end else begin
							r_reduction_sel[(x*4)+16+:4] = 'd0;
						end


						// generate right select logic
						if (r_valid[1] == 1'b1) begin
							if (w_vn[(32*x+16)*LOG2_PES+:LOG2_PES] == w_vn[(32*x+24)*LOG2_PES+:LOG2_PES]) begin
								r_reduction_sel[(x*4)+18+:2] = 'd3;
							end else if (w_vn[(32*x+16)*LOG2_PES+:LOG2_PES] == w_vn[(32*x+20)*LOG2_PES+:LOG2_PES]) begin
								r_reduction_sel[(x*4)+18+:2] = 'd2;
							end else if (w_vn[(32*x+16)*LOG2_PES+:LOG2_PES] == w_vn[(32*x+18)*LOG2_PES+:LOG2_PES]) begin
								r_reduction_sel[(x*4)+18+:2] = 'd1;
							end else begin
								r_reduction_sel[(x*4)+18+:2] = 'd0;
							end
						end else begin
							r_reduction_sel[(x*4)+16+:4] = 'd0;
						end

					end
				end
			end
		end
	endgenerate



	// generate diagonal flops for cmd and sel timing alignment
	always @ (posedge clk) begin
		if (rst == 1'b1) begin
			r_add_lvl_0 <= 'd0;
			r_add_lvl_1 <= 'd0;
			r_add_lvl_2 <= 'd0;
			r_add_lvl_3 <= 'd0;
			r_add_lvl_4 <= 'd0;


			r_cmd_lvl_0 <= 'd0;
			r_cmd_lvl_1 <= 'd0;
			r_cmd_lvl_2 <= 'd0;
			r_cmd_lvl_3 <= 'd0;
			r_cmd_lvl_4 <= 'd0;


			r_sel_lvl_2 <= 'd0;
			r_sel_lvl_3 <= 'd0;
			r_sel_lvl_4 <= 'd0;
		end else begin
			r_add_lvl_0[15:0] <= r_reduction_add[15:0];
			r_add_lvl_1[7:0] <= r_reduction_add[23:16];
			r_add_lvl_1[15:8] <= r_add_lvl_1[7:0];
			r_add_lvl_2[3:0] <= r_reduction_add[27:24];
			r_add_lvl_2[7:4] <= r_add_lvl_2[3:0];
			r_add_lvl_2[11:8] <= r_add_lvl_2[7:4];
			r_add_lvl_3[1:0] <= r_reduction_add[29:28];
			r_add_lvl_3[3:2] <= r_add_lvl_3[1:0];
			r_add_lvl_3[5:4] <= r_add_lvl_3[3:2];
			r_add_lvl_3[7:6] <= r_add_lvl_3[5:4];
			r_add_lvl_4[0:0] <= r_reduction_add[30:30];
			r_add_lvl_4[1:1] <= r_add_lvl_4[0:0];
			r_add_lvl_4[2:2] <= r_add_lvl_4[1:1];
			r_add_lvl_4[3:3] <= r_add_lvl_4[2:2];
			r_add_lvl_4[4:4] <= r_add_lvl_4[3:3];


			r_cmd_lvl_0[47:0] <= r_reduction_cmd[47:0];
			r_cmd_lvl_1[23:0] <= r_reduction_cmd[71:48];
			r_cmd_lvl_1[47:24] <= r_cmd_lvl_1[23:0];
			r_cmd_lvl_2[11:0] <= r_reduction_cmd[83:72];
			r_cmd_lvl_2[23:12] <= r_cmd_lvl_2[11:0];
			r_cmd_lvl_2[35:24] <= r_cmd_lvl_2[23:12];
			r_cmd_lvl_3[5:0] <= r_reduction_cmd[89:84];
			r_cmd_lvl_3[11:6] <= r_cmd_lvl_3[5:0];
			r_cmd_lvl_3[17:12] <= r_cmd_lvl_3[11:6];
			r_cmd_lvl_3[23:18] <= r_cmd_lvl_3[17:12];
			r_cmd_lvl_4[2:0] <= r_reduction_cmd[92:90];
			r_cmd_lvl_4[5:3] <= r_cmd_lvl_4[2:0];
			r_cmd_lvl_4[8:6] <= r_cmd_lvl_4[5:3];
			r_cmd_lvl_4[11:9] <= r_cmd_lvl_4[8:6];
			r_cmd_lvl_4[14:12] <= r_cmd_lvl_4[11:9];


			r_sel_lvl_2[7:0] <= r_reduction_sel[7:0];
			r_sel_lvl_2[15:8] <= r_sel_lvl_2[7:0];
			r_sel_lvl_2[23:16] <= r_sel_lvl_2[15:8];
			r_sel_lvl_3[7:0] <= r_reduction_sel[15:8];
			r_sel_lvl_3[15:8] <= r_sel_lvl_3[7:0];
			r_sel_lvl_3[23:16] <= r_sel_lvl_3[15:8];
			r_sel_lvl_3[31:24] <= r_sel_lvl_3[23:16];
			r_sel_lvl_4[3:0] <= r_reduction_sel[19:16];
			r_sel_lvl_4[7:4] <= r_sel_lvl_4[3:0];
			r_sel_lvl_4[11:8] <= r_sel_lvl_4[7:4];
			r_sel_lvl_4[15:12] <= r_sel_lvl_4[11:8];
			r_sel_lvl_4[19:16] <= r_sel_lvl_4[15:12];
		end
	end


	// Adjust output valid timing and logic
	always @ (posedge clk) begin
		if (i_stationary == 1'b0 && i_data_valid == 1'b1) begin
			r_valid[0] <= 1'b1;
		end else begin
			r_valid[0] <= 1'b0;
		end
	end

	generate
		for (i=0; i < 4; i=i+1) begin
			always @ (posedge clk) begin
				if (rst == 1'b1) begin
					r_valid[i+1] <= 1'b0;
				end else begin
					r_valid[i+1] <= r_valid[i];
				end
			end
		end
	endgenerate

	always @ (*) begin
		if (rst == 1'b1) begin
			o_reduction_valid <= 1'b0;
		end else begin
			o_reduction_valid <= r_valid[3];
		end
	end

	// assigning diagonally flopped cmd and sel
	always @ (posedge clk) begin
		if (rst == 1'b1) begin
			o_reduction_add <= 'd0;
			o_reduction_cmd <= 'd0;
			o_reduction_sel <= 'd0;
		end else begin
			o_reduction_add <= {r_add_lvl_4[4:4],r_add_lvl_3[7:6],r_add_lvl_2[11:8],r_add_lvl_1[15:8],r_add_lvl_0[15:0]};
			o_reduction_cmd <= {r_cmd_lvl_4[14:12],r_cmd_lvl_3[23:18],r_cmd_lvl_2[35:24],r_cmd_lvl_1[47:24],r_cmd_lvl_0[47:0]};
			o_reduction_sel <= {r_sel_lvl_4[19:16],r_sel_lvl_3[31:24],r_sel_lvl_2[23:16]};
		end
	end

endmodule